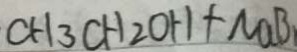
C H _ { 3 } C H _ { 2 } O H + N a B